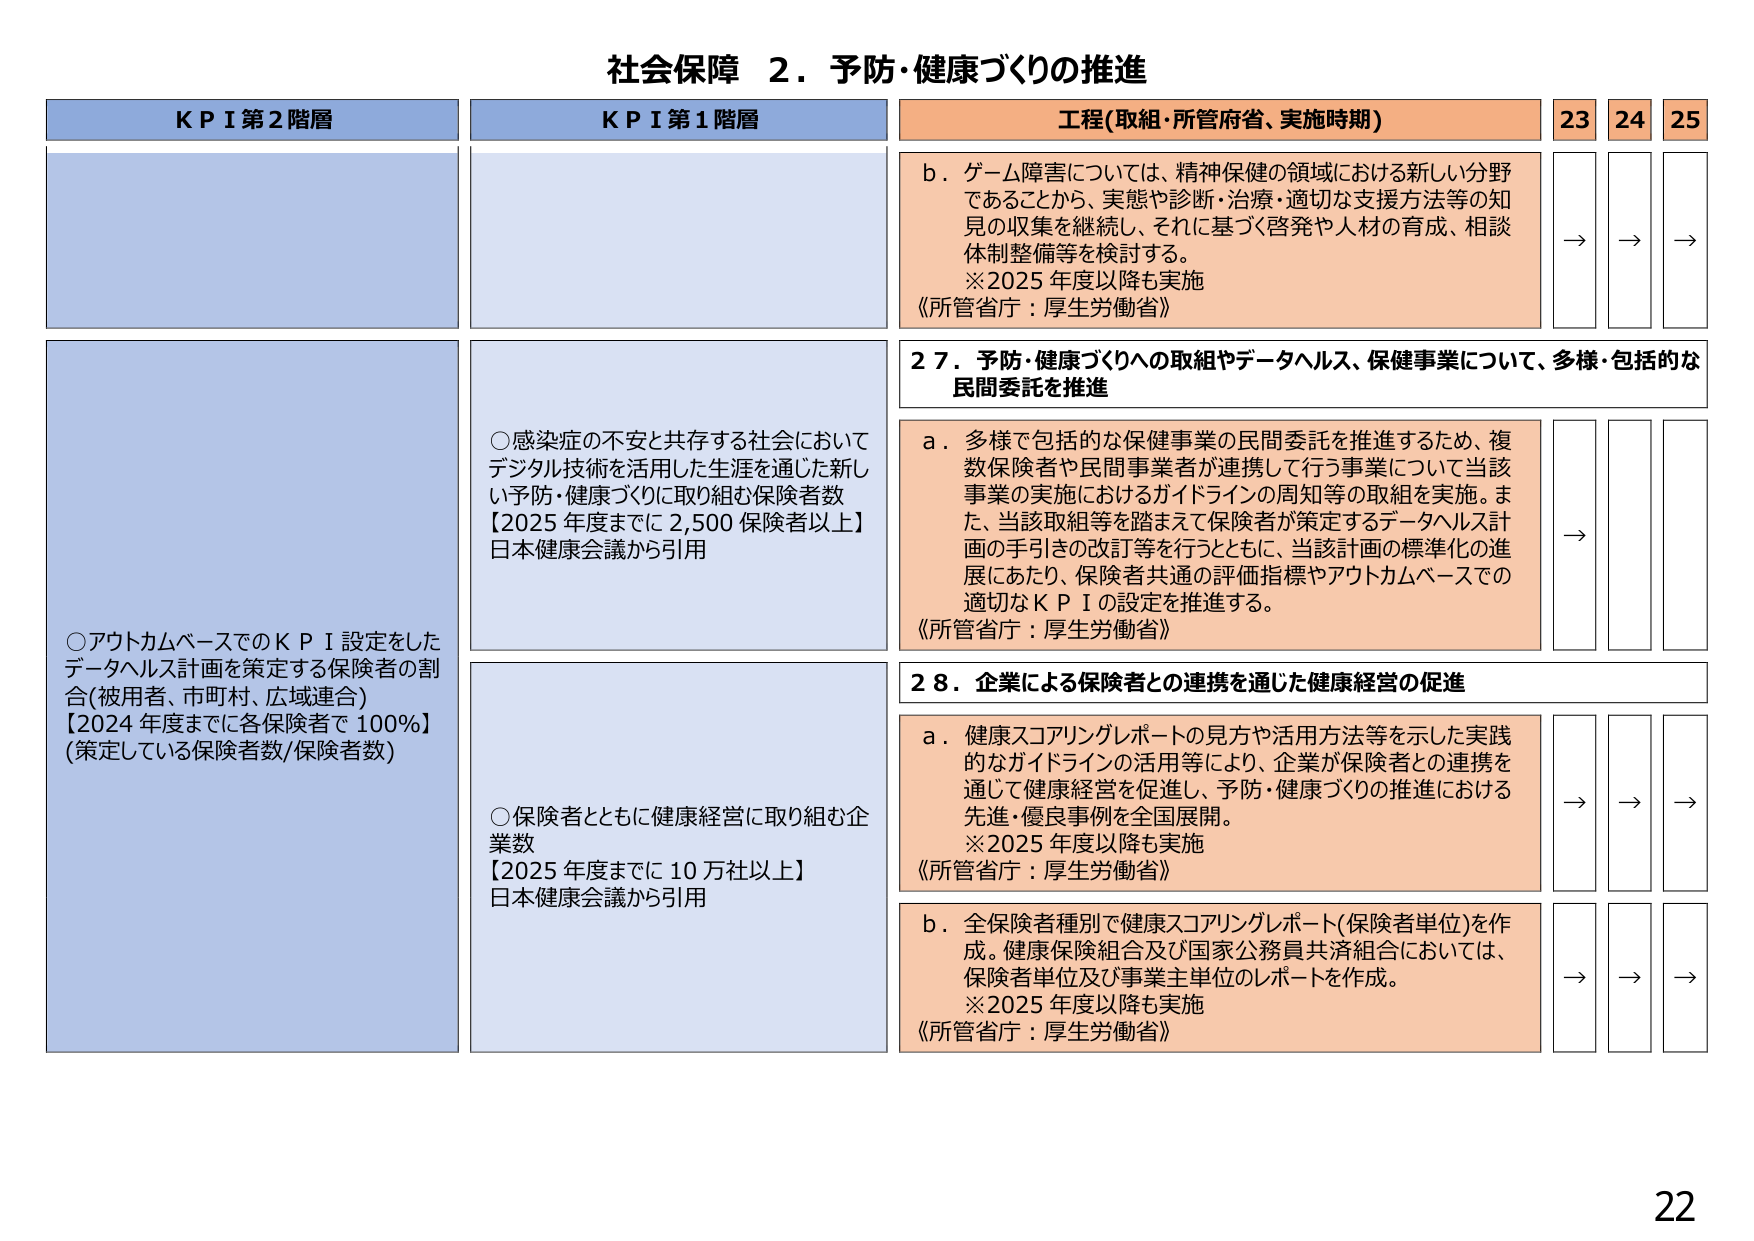
社会保障 ２．予防・健康づくりの推進

KPI 第2階層
○アウトカムベースでのKPI設定をしたデータヘルス計画を策定する保険者の割合(被用者、市町村、広域連合)
【2024年度までに各保険者で100%】
(策定している保険者数/保険者数)

KPI 第1階層
○感染症の不安と共存する社会においてデジタル技術を活用した生涯を通じた新しい予防・健康づくりに取り組む保険者数
【2025年度までに2,500保険者以上】
日本健康会議から引用

○保険者とともに健康経営に取り組む企業数
【2025年度までに10万社以上】
日本健康会議から引用

工程(取組・所管府省、実施時期)
b．ゲーム障害については、精神保健の領域における新しい分野であることから、実態や診断・治療・適切な支援方法等の知見の収集を継続し、それに基づく啓発や人材の育成、相談体制整備等を検討する。
※2025年度以降も実施
《所管省庁：厚生労働省》

27．予防・健康づくりへの取組やデータヘルス、保健事業について、多様・包括的な民間委託を推進
a．多様で包括的な保健事業の民間委託を推進するため、複数保険者や民間事業者が連携して行う事業について当該事業の実施におけるガイドラインの周知等の取組を実施。また、当該取組等を踏まえて保険者が策定するデータヘルス計画の手引きの改訂等を行うとともに、当該計画の標準化の進展にあたり、保険者共通の評価指標やアウトカムベースでの適切なKPIの設定を推進する。
《所管省庁：厚生労働省》

28．企業による保険者との連携を通じた健康経営の促進
a．健康スコアリングレポートの見方や活用方法等を示した実践的なガイドラインの活用等により、企業が保険者との連携を通じて健康経営を促進し、予防・健康づくりの推進における先進・優良事例を全国展開。
※2025年度以降も実施
《所管省庁：厚生労働省》

b．全保険者種別で健康スコアリングレポート(保険者単位)を作成。健康保険組合及び国家公務員共済組合においては、保険者単位及び事業主単位のレポートを作成。
※2025年度以降も実施
《所管省庁：厚生労働省》

23 → → →
24 → → →
25 → → →

22